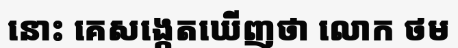
នោះ គេសង្កេតឃើញថា លោក ថម